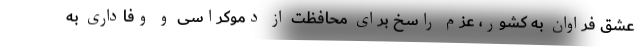
عشق فراوان به کشور، عزم راسخ برای محافظت از دموکراسی و وفاداری به